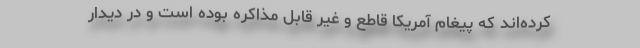
کرده‌اند که پیغام آمریکا قاطع و غیر قابل مذاکره بوده است و در دیدار